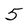
Character: 5